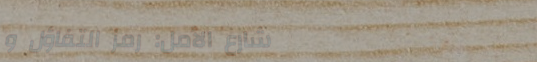
شارع الأمل: رمز التفاؤل و